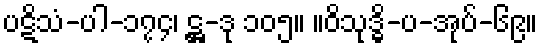
ပဋိသံ-ပါ-၁၇၄၊ ဋ္ဌ-ဒု ၁၀၅။ ။ဝိသုဒ္ဓိ-ပ-အုပ်-၆၉။